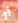
أو